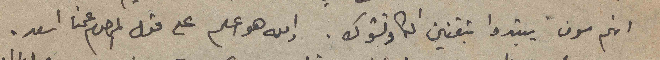
انهم سوف يبتدوا بتقنين الكاوتشوك. والله هو اعلم على قول المرحوم عمنا اسعد.